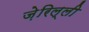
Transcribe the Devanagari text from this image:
ज़ेरिल्ली